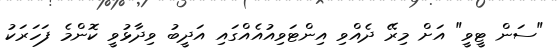
"ސަން ޓީވީ" އަށް މިރޭ ދެއްވި އިންޓަވިއުއެއްގައި އަދީބު ވިދާޅުވީ ކޮންމެ ފަހަރަކު